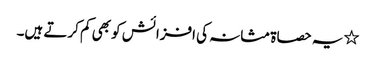
٭یہ حصاۃ مثانہ کی افزائش کو بھی کم کرتے ہیں۔